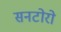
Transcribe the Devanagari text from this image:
सनटोरो